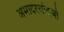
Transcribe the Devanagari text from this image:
अमादरचोदजो